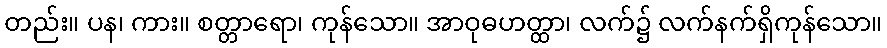
တည်း။ ပန၊ ကား။ စတ္တာရော၊ ကုန်သော။ အာဝုဓဟတ္ထာ၊ လက်၌ လက်နက်ရှိကုန်သော။